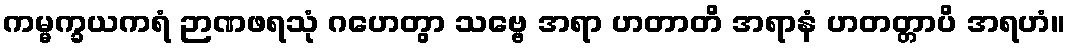
ကမ္မက္ခယကရံ ဉာဏဖရသုံ ဂဟေတွာ သဗ္ဗေ အရာ ဟတာတိ အရာနံ ဟတတ္တာပိ အရဟံ။